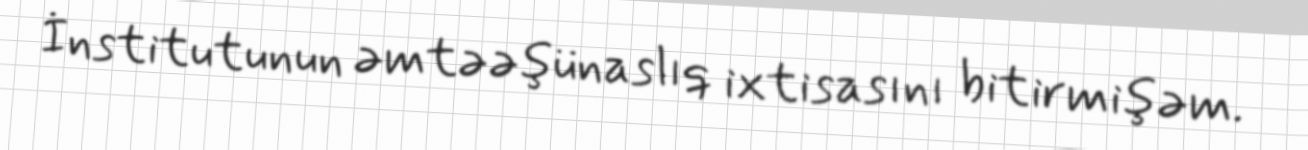
İnstitutunun əmtəəşünaslıq ixtisasını bitirmişəm.